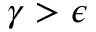
\gamma > \epsilon